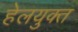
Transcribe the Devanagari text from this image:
हेलयुक्त